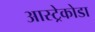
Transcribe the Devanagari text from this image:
आस्ट्रेकोडा